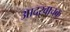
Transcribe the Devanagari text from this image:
आदरवाचक